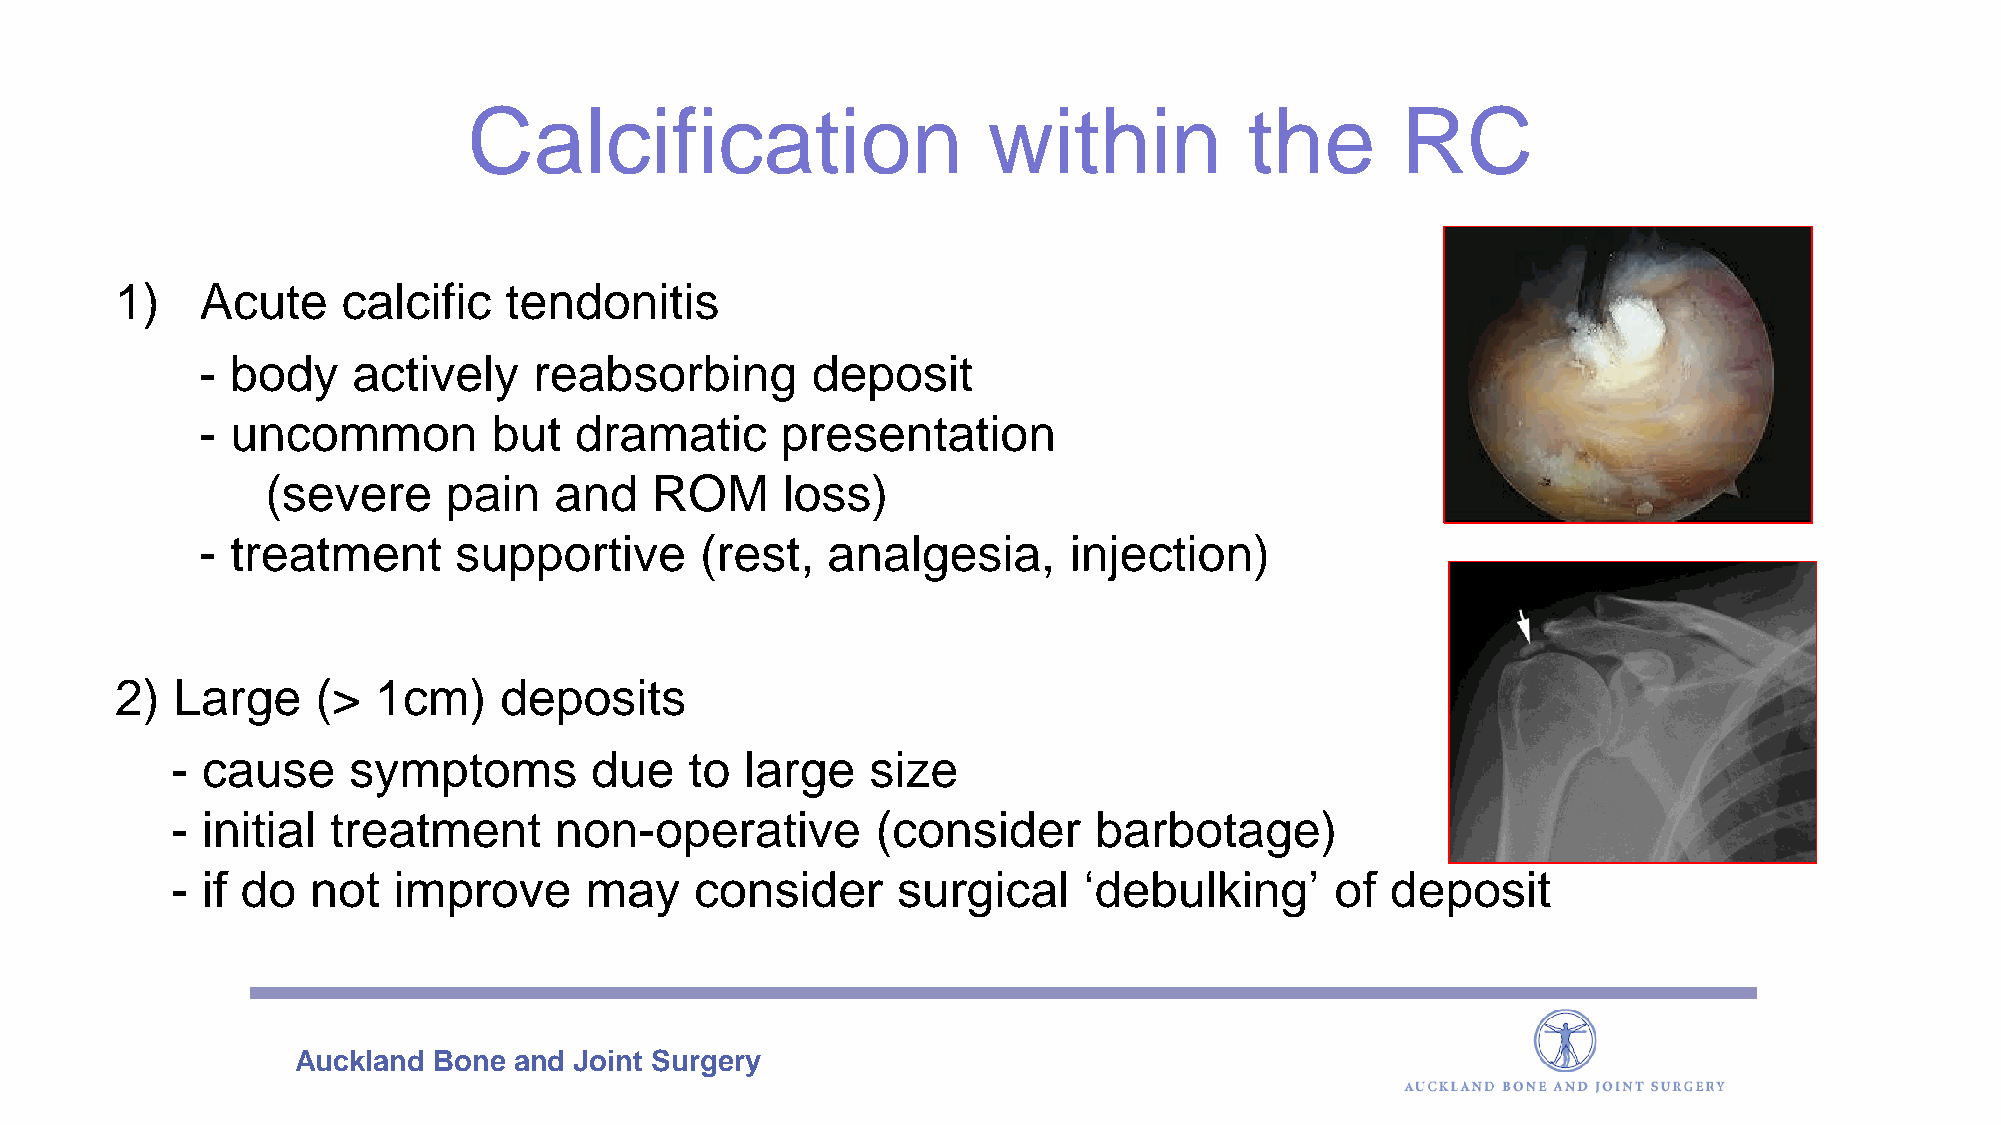
Calcification                     within            the       RC
 1)   Acute     calcific  tendonitis
 - body    actively    reabsorbing        deposit
 - uncommon          but  dramatic      presentation
 (severe     pain   and   ROM      loss)
 - treatment      supportive      (rest,   analgesia,      injection)
 2) Large     (>  1cm)    deposits
 - cause     symptoms        due    to large    size
 - initial  treatment      non-operative        (consider     barbotage)
 - if do   not  improve      may    consider     surgical     ‘debulking’     of  deposit
 Auckland  Bone and Joint Surgery